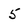
Character: 5